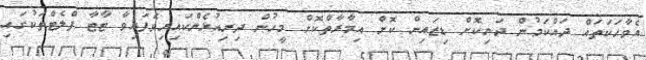
އެވާހަކަތައް ދައްކަމުން ދަނިކޮށް ޑިޒައިން ކޮށް އިމާރާތްކޮށް މީހުން ދިރިއުޅެންކައިރިވެފައިވާ ޓާޓާ ފްލެޓްތަކުގައި